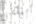
سيقضي